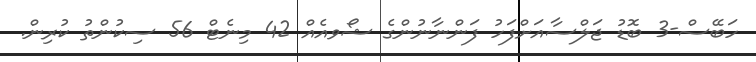
ހަބޭސް-3 ބޮޑު ޖަލްސާއަށްފަހު ފަންނާނުންގެ ޝޯވއެއް 42 މިނެޓް 56 ސިކުންތު ކުރިން.